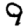
Digit: 9